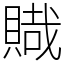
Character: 賳